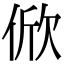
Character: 俽